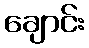
ချောင်း